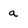
Character: a